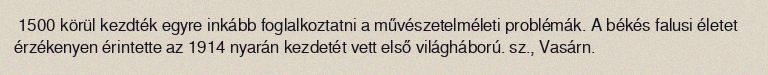
1500 körül kezdték egyre inkább foglalkoztatni a művészetelméleti problémák. A békés falusi életet érzékenyen érintette az 1914 nyarán kezdetét vett első világháború. sz., Vasárn.